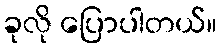
ခုလို ပြောပါတယ်။